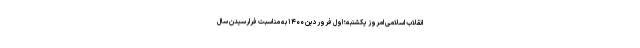
انقلاب اسلامی امروز یکشنبه؛ اول فروردین ۱۴۰۰ به مناسبت فرارسیدن سال